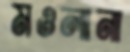
মওলানা